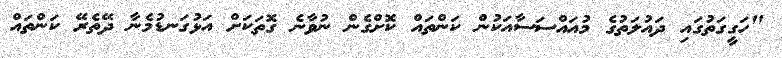
"ހަގީގަތުގައި ދައުލަތުގެ މުއައްސަސާއަކުން ކަންތައް ކޮށްގެން ނުވާނެ ގޮތަކަށް އަޅުގަނޑުމެނާ ދޭތެރޭ ކަންތައް